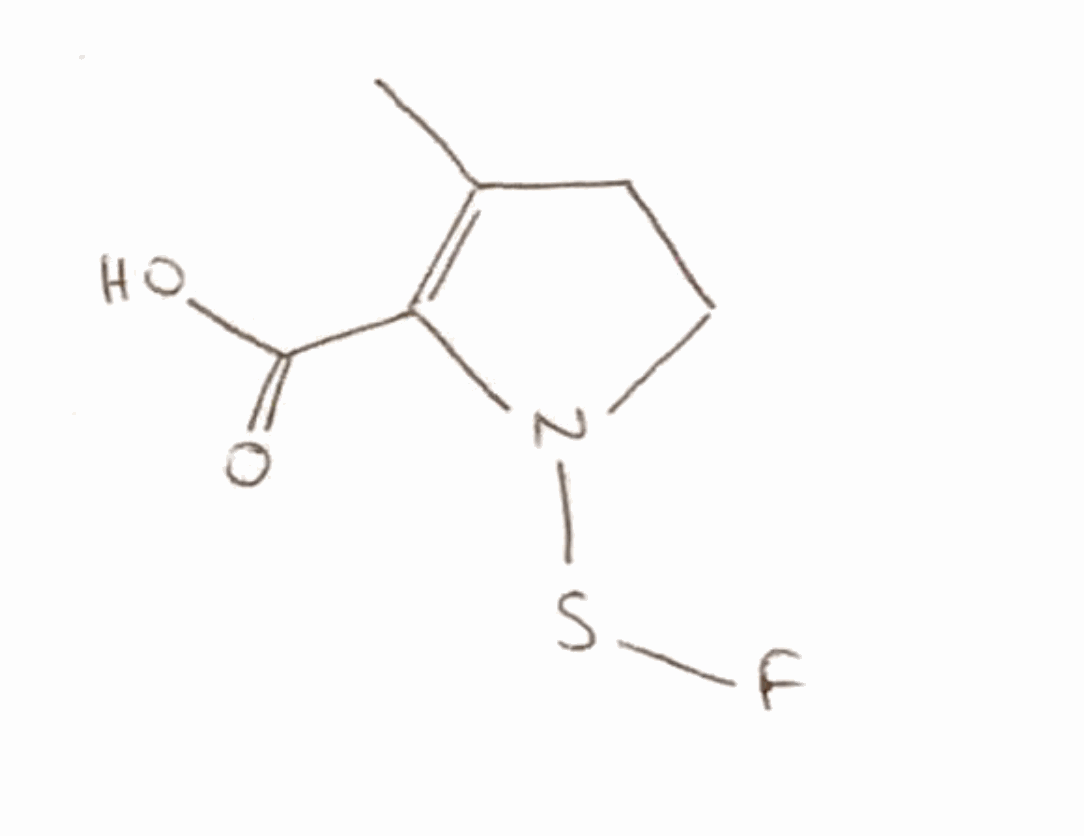
Simplified molecular-input line-entry system (SMILES) notation of the given molecule:
CC1=C(N(CC1)SF)C(=O)O